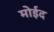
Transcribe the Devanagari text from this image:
मोईद